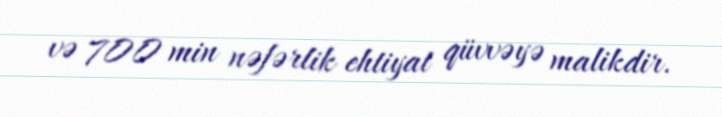
və 700 min nəfərlik ehtiyat qüvvəyə malikdir.